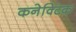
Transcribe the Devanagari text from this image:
कनेक्टिक